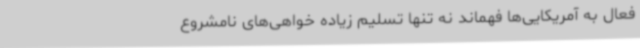
فعال به آمریکایی‌ها فهماند نه تنها تسلیم زیاده‌ خواهی‌های نامشروع